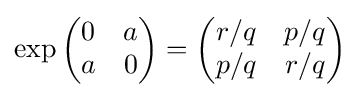
\exp {\begin{pmatrix}0&a\\a&0\end{pmatrix}}={\begin{pmatrix}r/q&p/q\\p/q&r/q\end{pmatrix}}